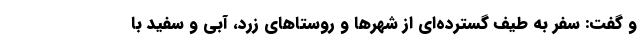
و گفت: سفر به طیف گسترده‌ای از شهرها و روستاهای زرد، آبی و سفید با